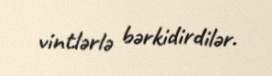
vintlərlə bərkidirdilər.